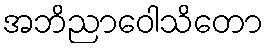
အဘိညာဝေါသိတော